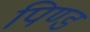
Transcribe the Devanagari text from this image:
पिण्‍ड